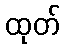
ထုတ်